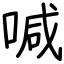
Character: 喊